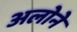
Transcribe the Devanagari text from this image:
अलोने